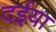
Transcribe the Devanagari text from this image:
दईया